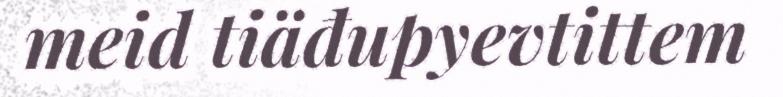
meid tiäđupyevtittem